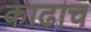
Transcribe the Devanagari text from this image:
काढाच